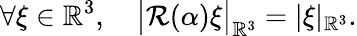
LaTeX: \forall\xi\in\mathbb{R}^{3},\quad\big|\mathcal{R}(\alpha)\xi\big|_{\mathbb{R}^{3}}=|\xi|_{\mathbb{R}^{3}}.